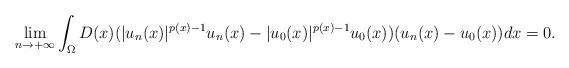
LaTeX: \begin{align*}\displaystyle \lim_{n\rightarrow +\infty}\displaystyle \int_{\Omega}D(x)(|u_{n}(x)|^{p(x)-1}u_{n}(x)-|u_{0}(x)|^{p(x)-1}u_{0}(x))(u_{n}(x)-u_{0}(x))dx=0. \end{align*}